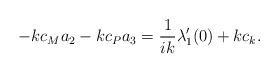
LaTeX: \begin{align*}-kc_{M}a_{2} - kc_{P}a_{3} &= \frac{1}{ik}\lambda_{1}'(0) + kc_{k}.\end{align*}